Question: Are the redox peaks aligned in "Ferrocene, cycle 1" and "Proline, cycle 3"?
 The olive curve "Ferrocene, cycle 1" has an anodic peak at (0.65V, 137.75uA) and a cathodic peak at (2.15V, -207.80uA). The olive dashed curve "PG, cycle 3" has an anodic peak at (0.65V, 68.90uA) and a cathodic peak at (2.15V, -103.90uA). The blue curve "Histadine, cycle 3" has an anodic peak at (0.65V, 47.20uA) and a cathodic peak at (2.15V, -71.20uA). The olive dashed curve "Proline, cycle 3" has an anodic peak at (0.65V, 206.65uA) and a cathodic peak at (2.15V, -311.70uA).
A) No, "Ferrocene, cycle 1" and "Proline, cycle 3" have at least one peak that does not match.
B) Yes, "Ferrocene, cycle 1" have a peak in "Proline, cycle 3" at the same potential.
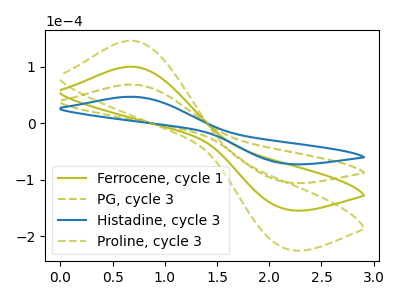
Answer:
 <answer>B) Yes, "Ferrocene, cycle 1" have a peak in "Proline, cycle 3" at the same potential.</answer>
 <eval>B</eval>